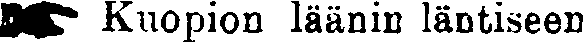
☛ Kuopion läänin läntiseen